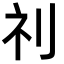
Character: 𮁜